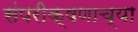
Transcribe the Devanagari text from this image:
संपरीक्षणाच्या